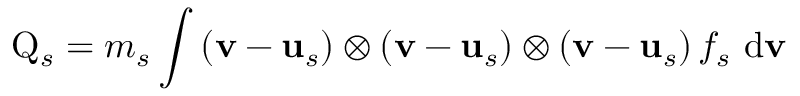
\mathrm { Q } _ { s } = m _ { s } \int \left( \mathbf { v } - \mathbf { u } _ { s } \right) \otimes \left( \mathbf { v } - \mathbf { u } _ { s } \right) \otimes \left( \mathbf { v } - \mathbf { u } _ { s } \right) f _ { s } \mathrm { ~ d } \mathbf { v }